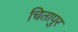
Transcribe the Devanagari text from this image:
चितापुर